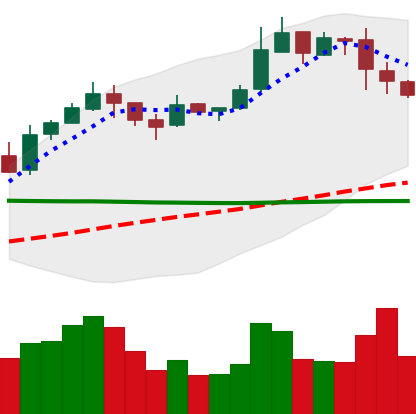
Ticker: BNB-USD
Chart end date: 2019-02-26
Forward return: 21.176%
Label: up_7plus